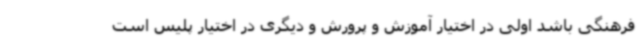
فرهنگی باشد اولی در اختیار آموزش و پرورش و دیگری در اختیار پلیس است